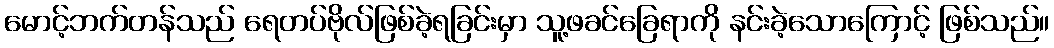
မောင့်ဘက်တန်သည် ရေတပ်ဗိုလ်ဖြစ်ခဲ့ရခြင်းမှာ သူ့ဖခင်ခြေရာကို နင်းခဲ့သောကြောင့် ဖြစ်သည်။